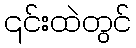
၎င်းထဲတွင်